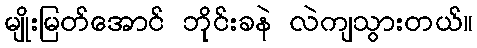
မျိုးမြတ်အောင် ဘိုင်းခနဲ လဲကျသွားတယ်။